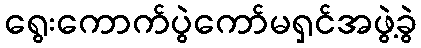
ရွေးကောက်ပွဲကော်မရှင်အဖွဲ့ခွဲ